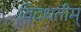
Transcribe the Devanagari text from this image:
विदधतीम्